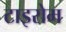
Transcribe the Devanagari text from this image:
टाइरोम